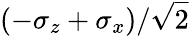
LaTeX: (-\sigma_{z}+\sigma_{x})/\sqrt{2}